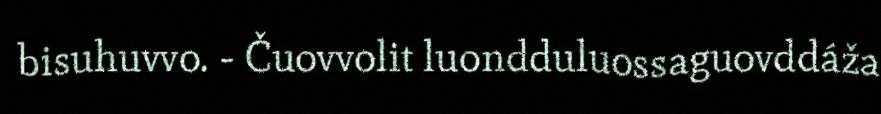
bisuhuvvo. - Čuovvolit luondduluossaguovddáža